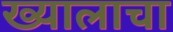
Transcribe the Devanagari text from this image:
ख्यालाचा